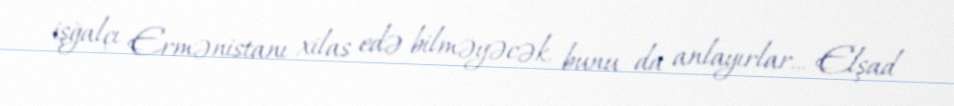
işğalçı Ermənistanı xilas edə bilməyəcək, bunu da anlayırlar... Elşad